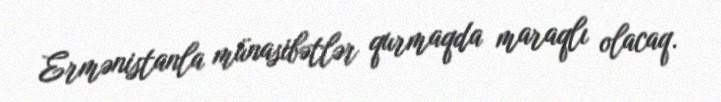
Ermənistanla münasibətlər qurmaqda maraqlı olacaq.